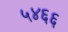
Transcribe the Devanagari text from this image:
५४६६